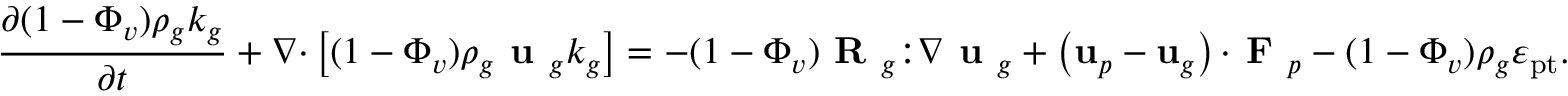
\frac { \partial ( 1 - \Phi _ { v } ) \rho _ { g } k _ { g } } { \partial t } + \nabla \mathbf { \cdot } \left[ ( 1 - \Phi _ { v } ) \rho _ { g } \textbf { u } _ { g } k _ { g } \right] = - ( 1 - \Phi _ { v } ) \textbf { R } _ { g } \mathbf { : } \nabla \textbf { u } _ { g } + \left( \mathbf { u } _ { p } - \mathbf { u } _ { g } \right) \mathbf { \cdot } \textbf { F } _ { p } - ( 1 - \Phi _ { v } ) \rho _ { g } \varepsilon _ { \mathrm { p t } } .